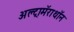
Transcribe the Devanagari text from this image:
अल्ट्रामॅराथॉन